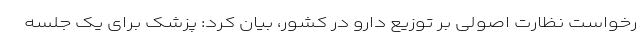
رخواست نظارت اصولی بر توزیع دارو در کشور، بیان کرد: پزشک برای یک جلسه